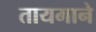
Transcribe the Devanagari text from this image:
तायमाने